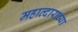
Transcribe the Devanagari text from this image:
महाव्दाराच्या